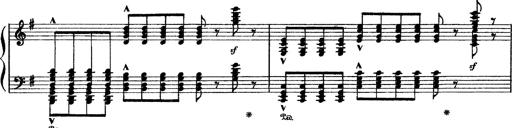
Title: Sarabande und Chaconne aus dem Singspiel
Composer: Franz Liszt